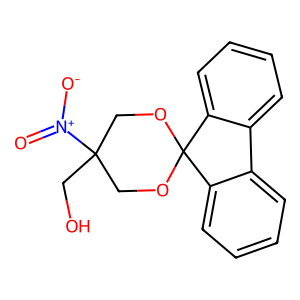
SMILES: O=[N+]([O-])C1(CO)COC2(OC1)c1ccccc1-c1ccccc12
Inhibits HIV replication: No